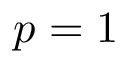
p = 1